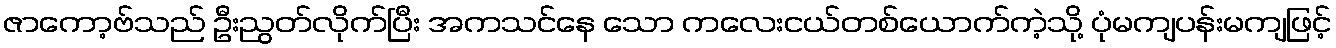
ဇာကော့ဗ်သည် ဦးညွတ်လိုက်ပြီး အကသင်နေ သော ကလေးငယ်တစ်ယောက်ကဲ့သို့ ပုံမကျပန်းမကျဖြင့်